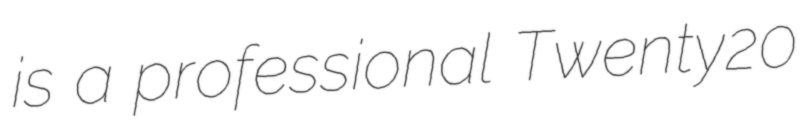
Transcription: is a professional Twenty20